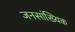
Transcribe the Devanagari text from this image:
जनसांख्यिक